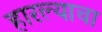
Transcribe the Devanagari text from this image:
हारल्याचा